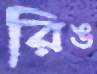
রিঙ